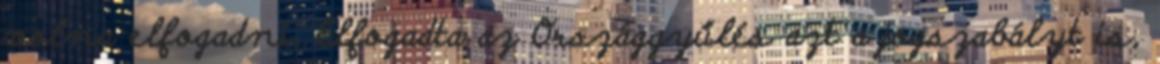
volna elfogadni. Elfogadta az Országgyűlés azt a jogszabályt is,